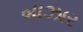
બાઝાર